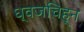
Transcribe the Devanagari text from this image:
ध्वजचिह्न